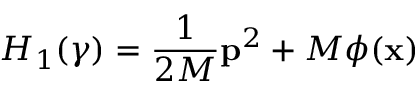
H _ { 1 } ( \gamma ) = \frac { 1 } { 2 M } \mathbf { p } ^ { 2 } + M \phi ( \mathbf { x } )